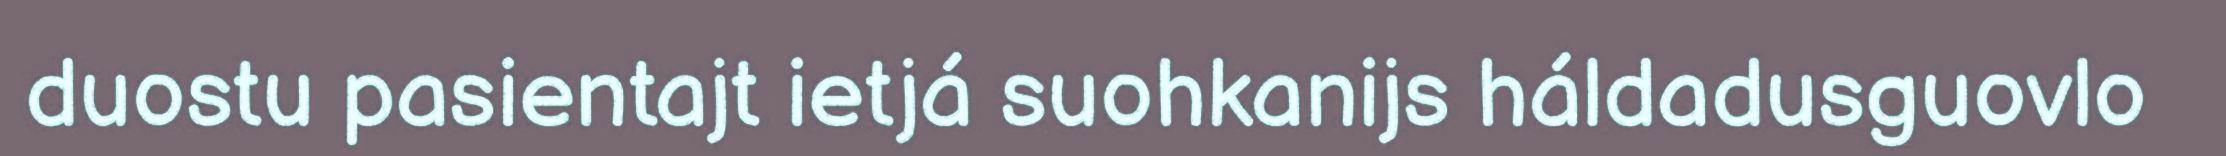
duostu pasientajt ietjá suohkanijs háldadusguovlo